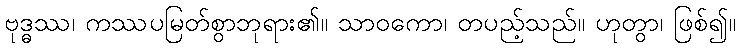
ဗုဒ္ဓဿ၊ ကဿပမြတ်စွာဘုရား၏။ သာဝကော၊ တပည့်သည်။ ဟုတွာ၊ ဖြစ်၍။